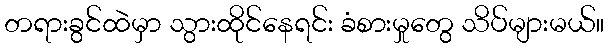
တရားခွင်ထဲမှာ သွားထိုင်နေရင်း ခံစားမှုတွေ သိပ်များမယ်။